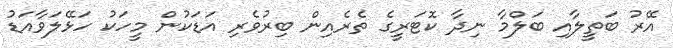
އޭރު ބަތީލާއި ބަލްމާ ނިދާ ކޮޓަރީގެ ތެރެއިން ބިރުވެރި އަޑަކުން މީހަކު ހަޅޭލަވާއަޑު